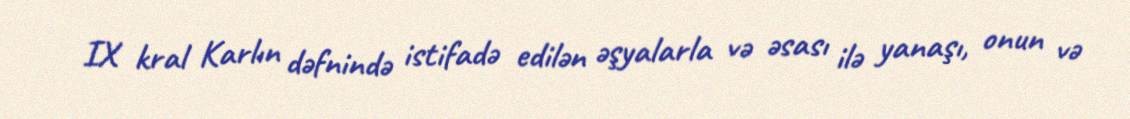
IX kral Karlın dəfnində istifadə edilən əşyalarla və əsası ilə yanaşı, onun və